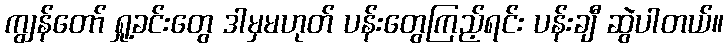
ကျွန်တော် ရှု့ခင်းတွေ ဒါမှမဟုတ် ပန်းတွေကြည့်ရင်း ပန်းချီ ဆွဲပါတယ်။